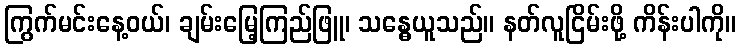
ကြွက်မင်းနေ့ဝယ်၊ ချမ်းမြေ့ကြည်ဖြူ၊ သန္ဓေယူသည်။ နတ်လူငြိမ်းဖို့ ကိန်းပါကို။